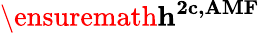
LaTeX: \ensuremath{\mathbf{h^{2c,AMF}}}